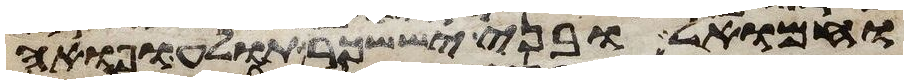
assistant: וחמואל ובני יששכר תולע ופואה